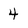
Character: 4